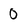
Character: 0